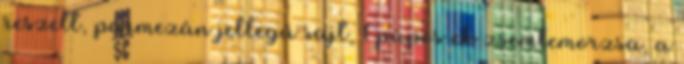
reszelt, parmezán jellegű sajt, 1 púpos ek zsemlemorzsa, a